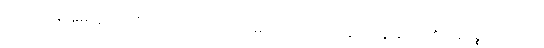
ယှဉ်ပြိုင်ခြင်းမရှိခဲ့ပေ ဤကျောက်ခဲ့တို့ကို လမ်းကြောင်းတစ်သွယ် ကျွန်ုပ်တို့၏ကုန်ပစ္စည်းများကို